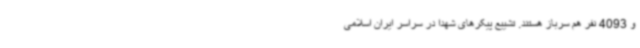
و 4093 نفر هم سرباز هستند. تشییع پیکرهای شهدا در سراسر ایران اسلامی